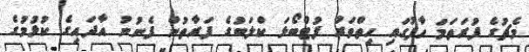
މެޗުގެ ފުރަތަމަ ހާފުގައި ހިތްވަރު ފުޓްބޯޅަ ކްލަބުގެ ފަރާތުން ފެނުނު އާދައިގެ ކުޅުމުގެ